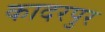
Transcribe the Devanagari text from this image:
कादरपुर